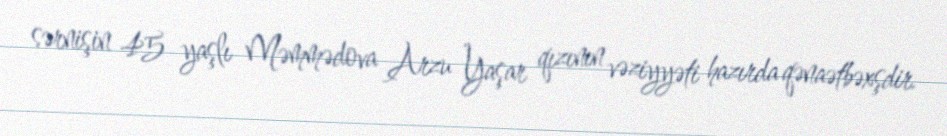
sərnişin 45 yaşlı Məmmədova Arzu Yaşar qızının vəziyyəti hazırda qənaətbəxşdir.